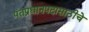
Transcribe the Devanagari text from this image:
पंतप्रधानपदासाठीचे